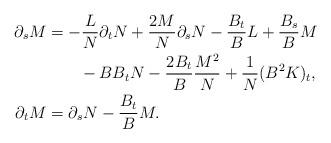
LaTeX: \begin{align*}\partial_sM&=-\frac{L}{N}\partial_tN+\frac{2M}{N}\partial_sN-\frac{B_t}{B}L+\frac{B_s}{B}M\\&\qquad-BB_tN-\frac{2B_t}{B}\frac{M^2}{N}+\frac{1}{N}(B^2K)_t,\\\partial_tM&=\partial_sN-\frac{B_t}{B}M.\end{align*}